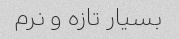
بسیار تازه و نرم